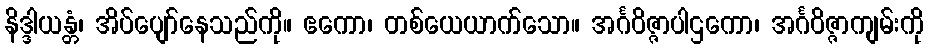
နိဒ္ဒါယန္တံ၊ အိပ်ပျော်နေသည်ကို။ ဧကော၊ တစ်ယေယာက်သော။ အင်္ဂဝိဇ္ဇာပါဌကော၊ အင်္ဂဝိဇ္ဇာကျမ်းကို